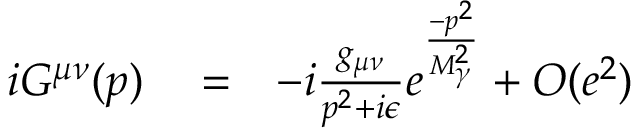
\begin{array} { r l r } { i G ^ { \mu \nu } ( p ) } & { { } = } & { - i \frac { g _ { \mu \nu } } { p ^ { 2 } + i \epsilon } e ^ { \frac { - p ^ { 2 } } { M _ { \gamma } ^ { 2 } } } + O ( e ^ { 2 } ) } \end{array}